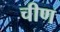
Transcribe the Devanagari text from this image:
चीण